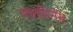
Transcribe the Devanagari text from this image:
फ्लमिनेंस